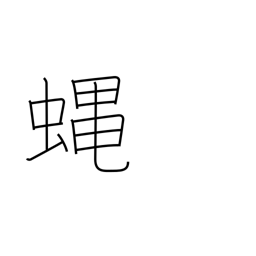
Meaning: fly